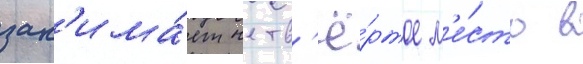
зан'има́ет четв'ё́ртое м'е́сто в